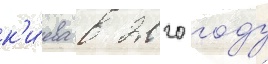
к'и́ева в 2020 году